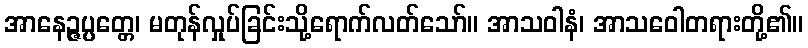
အာနေဉ္ဇပ္ပတ္တေ၊ မတုန်လှုပ်ခြင်းသို့ရောက်လတ်သော်။ အာသဝါနံ၊ အာသဝေါတရားတို့၏။